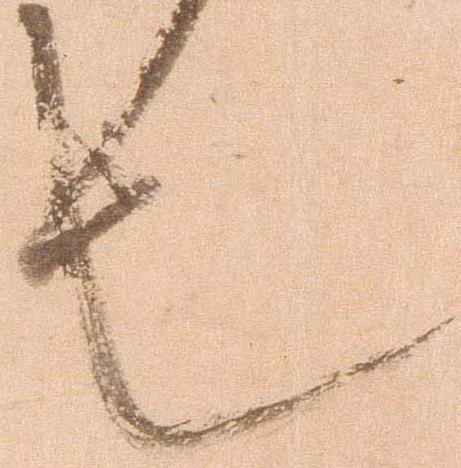
也